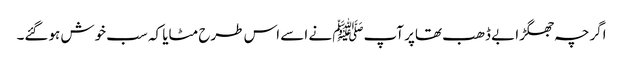
اگرچہ جھگڑا بے ڈھب تھاپر آپﷺ نے اسے اس طرح مٹایا کہ سب خوش ہوگئے۔